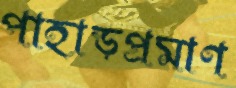
পাহাড়প্রমাণ